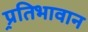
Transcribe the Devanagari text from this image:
प्र्रतिभावान